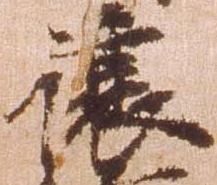
譲